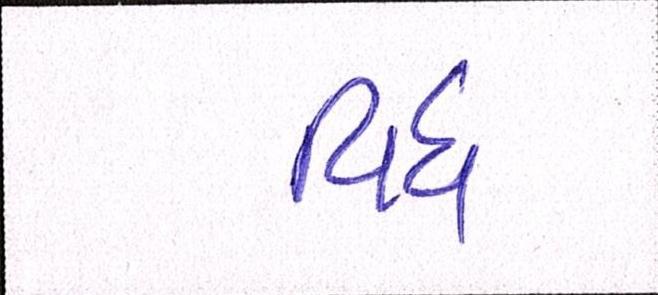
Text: વિધ